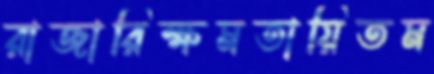
রাজারিক্ষমতায়িতম